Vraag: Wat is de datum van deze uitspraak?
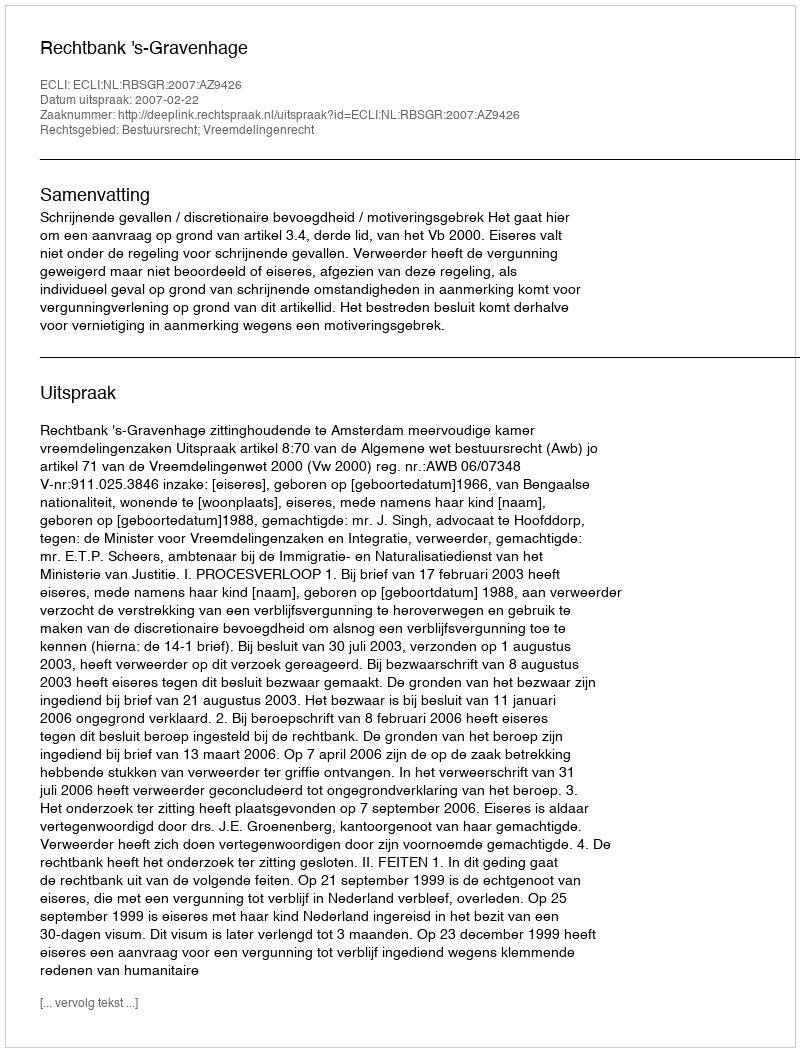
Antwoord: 2007-02-22